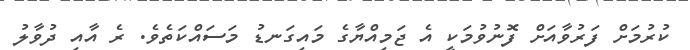
ކުރުމަށް ފަރުވާއަށް ފޮނުވުމަކީ އެ ޖަމިއްޔާގެ މައިގަނޑު މަސައްކަތެވެ. ރެ އާއި ދުވާލު